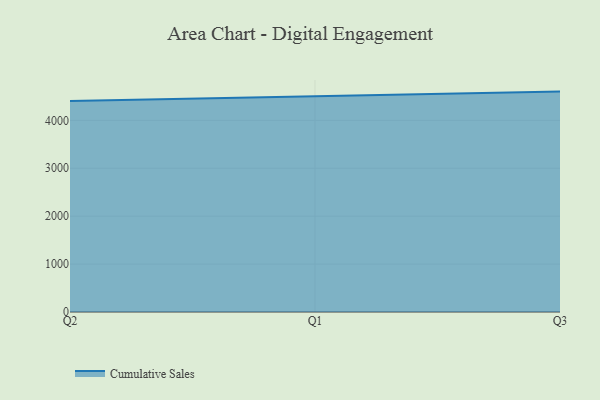
{"axis": {"x": "Quarter", "y": "Energy Usage (MWh)"}, "legend": ["Cumulative Sales"], "data": [{"x": "Q2", "y": 4404.6, "type": "Cumulative Sales"}, {"x": "Q1", "y": 4503.2, "type": "Cumulative Sales"}, {"x": "Q3", "y": 4600.0, "type": "Cumulative Sales"}]}